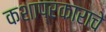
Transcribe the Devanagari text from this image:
कशाप्रकाराचे